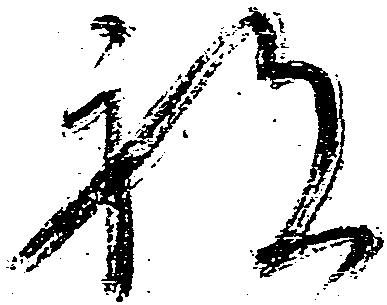
祝